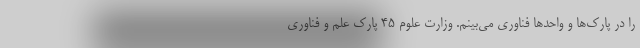
را در پارک‌ها و واحدها فناوری می‌بینم. وزارت علوم ۴۵ پارک علم و فناوری